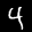
Label: 4